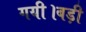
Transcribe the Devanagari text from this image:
गयी।बड़ी